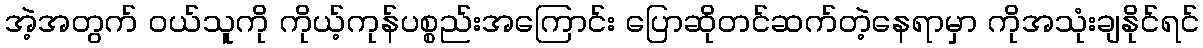
အဲ့အတွက် ၀ယ်သူကို ကိုယ့်ကုန်ပစ္စည်းအကြောင်း ပြောဆိုတင်ဆက်တဲ့နေရာမှာ ကိုအသုံးချနိုင်ရင်